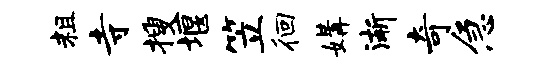
粗寺搜堰笠徊媾渐奇急